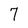
Character: 7